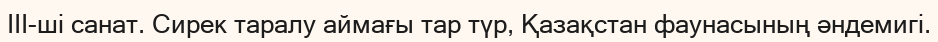
III-ші санат. Сирек таралу аймағы тар түр, Қазақстан фаунасының әндемигі.